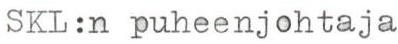
SKL:n puheenjohtaja